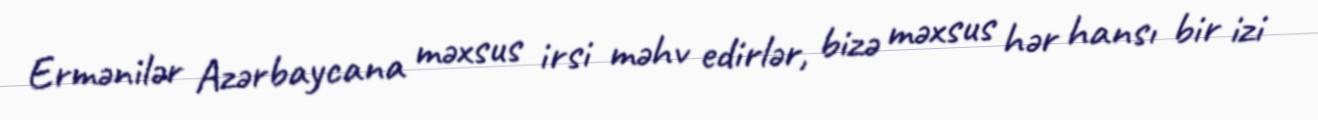
Ermənilər Azərbaycana məxsus irsi məhv edirlər, bizə məxsus hər hansı bir izi